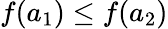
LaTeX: f(a_{1})\leq f(a_{2})